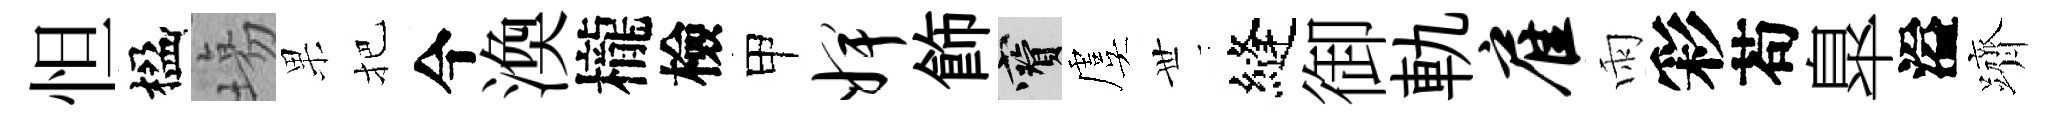
怛楹塲果把今渙櫳檢甲婢飾寶虞𠀍縫御軌雇雨彩苟臯溢躋